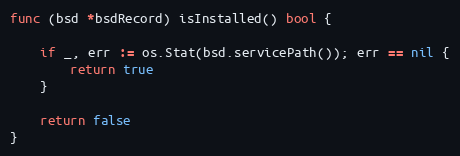
Language: Go
func (bsd *bsdRecord) isInstalled() bool {

	if _, err := os.Stat(bsd.servicePath()); err == nil {
		return true
	}

	return false
}